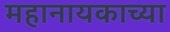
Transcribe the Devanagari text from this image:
महानायकाच्या